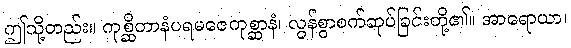
ဤသို့တည်း။ ကုစ္ဆိတာနံပရမဇေကုစ္ဆာနံ၊ လွန်စွာစက်ဆုပ်ခြင်းတို့၏။ အာရောယာ၊